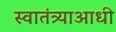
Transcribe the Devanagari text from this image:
स्वातंत्र्याआधी